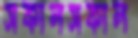
সকালসকাল